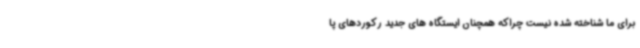
برای ما شناخته شده نیست چراکه همچنان ایستگاه های جدید رکوردهای پا